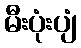
မီးပုံးပျံ